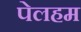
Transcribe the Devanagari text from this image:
पेलहम